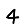
Digit: 4